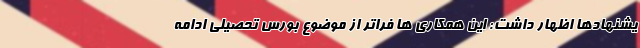
یشنهادها اظهار داشت: این همکاری ها فراتر از موضوع بورس تحصیلی ادامه